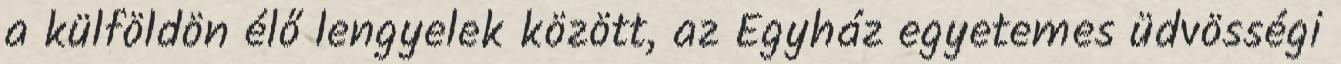
a külföldön élő lengyelek között, az Egyház egyetemes üdvösségi